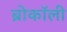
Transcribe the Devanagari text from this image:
ब्रोकॉली